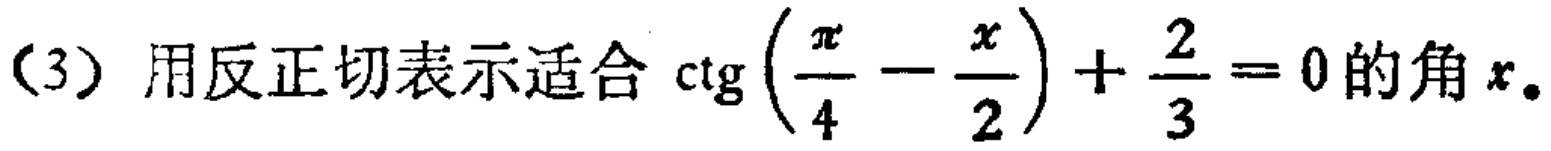
(3) 用反正切表示适合\(\text{ctg}\left(\frac{\pi}{4}-\frac{x}{2}\right)+\frac{2}{3}=0\)的角\(x\)。